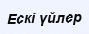
Ескі үйлер